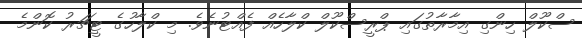
ސްކޫލް ހިންގި އިމާރާތުގައި ޕްރީސްކޫލް ކްލާހެއް ފެއްޓުނެވެ. މި ކްލާހުގެ ޓީޗަރު ކޮންމެ